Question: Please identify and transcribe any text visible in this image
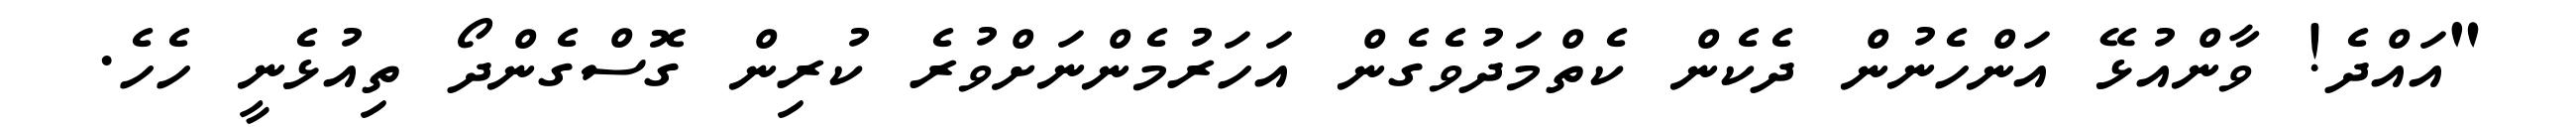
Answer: "އައްދެ! ވާންއުޅޭ އަންހެނުން ދެކެން ކެތްމަދުވެގެން އަހަރުމެންނަށްވުރެ ކުރިން ގޮސްގެންދޯ ތިއުޅެނީ ހެހެ.